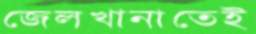
জেলখানাতেই